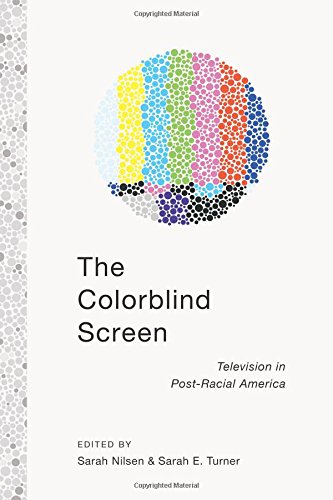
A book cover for The Colorblind Screen: Television in Post-Racial America; Sarah E. Turner; Law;